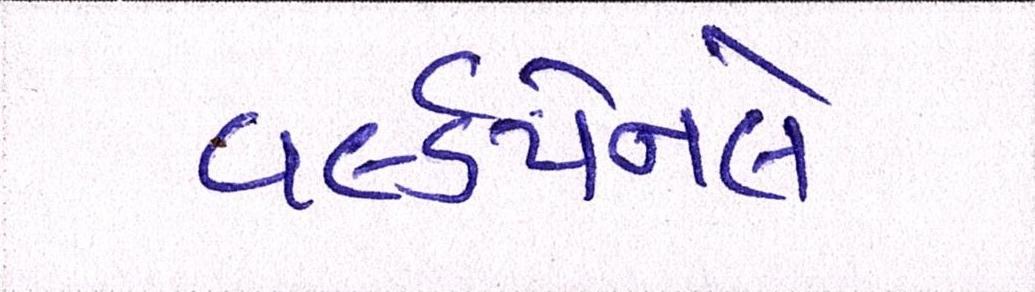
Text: વર્લ્ડપેનલે